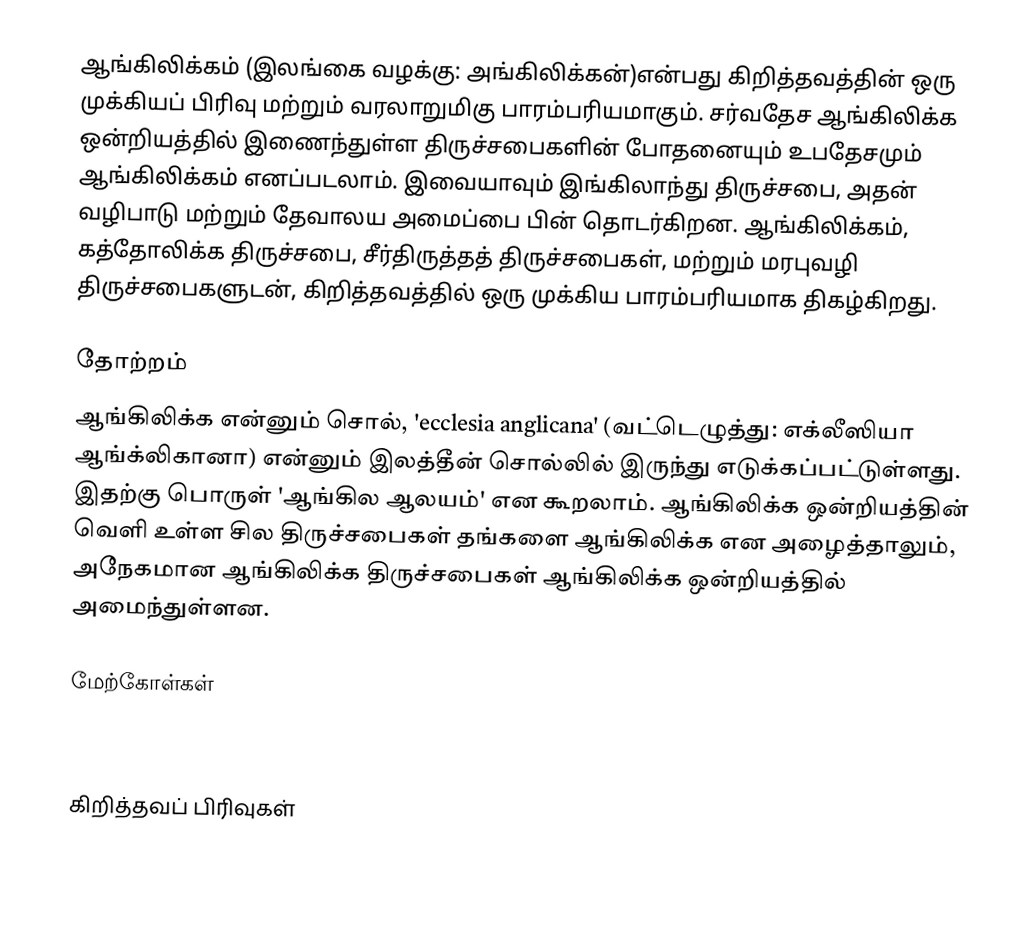
ஆங்கிலிக்கம் (இலங்கை வழக்கு: அங்கிலிக்கன்)என்பது கிறித்தவத்தின் ஒரு முக்கியப் பிரிவு மற்றும் வரலாறுமிகு பாரம்பரியமாகும். சர்வதேச ஆங்கிலிக்க ஒன்றியத்தில் இணைந்துள்ள திருச்சபைகளின் போதனையும் உபதேசமும் ஆங்கிலிக்கம் எனப்படலாம். இவையாவும் இங்கிலாந்து திருச்சபை, அதன் வழிபாடு மற்றும் தேவாலய அமைப்பை பின் தொடர்கிறன. ஆங்கிலிக்கம், கத்தோலிக்க திருச்சபை, சீர்திருத்தத் திருச்சபைகள், மற்றும் மரபுவழி திருச்சபைகளுடன், கிறித்தவத்தில் ஒரு முக்கிய பாரம்பரியமாக திகழ்கிறது.

தோற்றம்
ஆங்கிலிக்க என்னும் சொல், 'ecclesia anglicana' (வட்டெழுத்து: எக்லீஸியா ஆங்க்லிகானா) என்னும் இலத்தீன் சொல்லில் இருந்து எடுக்கப்பட்டுள்ளது. இதற்கு பொருள் 'ஆங்கில ஆலயம்' என கூறலாம். ஆங்கிலிக்க ஒன்றியத்தின் வெளி உள்ள சில திருச்சபைகள் தங்களை ஆங்கிலிக்க என அழைத்தாலும், அநேகமான ஆங்கிலிக்க திருச்சபைகள் ஆங்கிலிக்க ஒன்றியத்தில் அமைந்துள்ளன.

மேற்கோள்கள்

 https://www.anglicancommunion.org/

கிறித்தவப் பிரிவுகள்